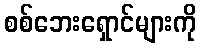
စစ်ဘေးရှောင်များကို